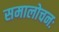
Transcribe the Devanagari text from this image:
समालोचनः